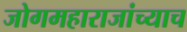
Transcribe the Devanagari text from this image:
जोगमहाराजांच्याच